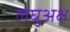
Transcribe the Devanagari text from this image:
लघुअक्ष